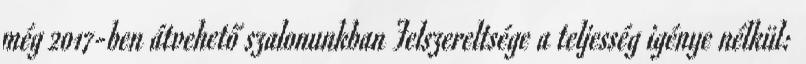
még 2017-ben átvehető szalonunkban Felszereltsége a teljesség igénye nélkül: